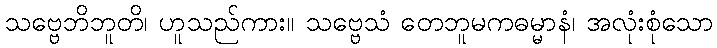
သဗ္ဗေဘိဘူတိ၊ ဟူသည်ကား။ သဗ္ဗေသံ တေဘူမကဓမ္မာနံ၊ အလုံးစုံသော